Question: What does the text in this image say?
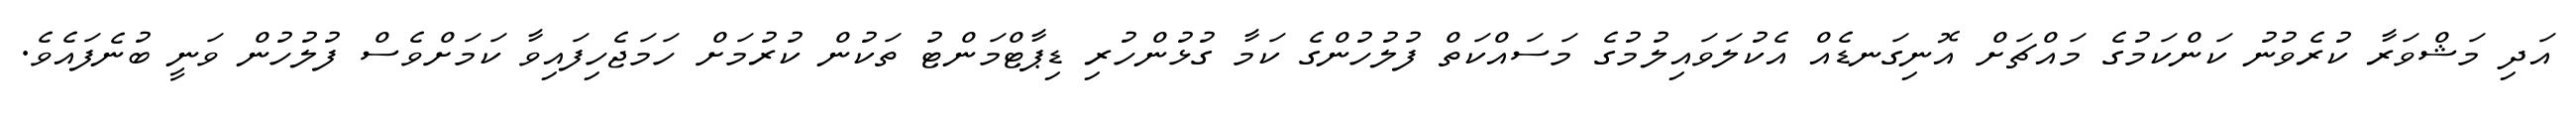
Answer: އަދި މަޝްވަރާ ކުރެވުނު ކަންކަމުގެ މައްޗަށް އޮނިގަނޑެއް އެކުލަވައިލުމުގެ މަސައްކަތް ފުލުހުންގެ ކަމާ ގުޅުންހުރި ޑިޕާޓްމަންޓު ތަކުން ކުރުމަށް ހަމަޖެހިފައިވާ ކަމަށްވެސް ފުލުހުން ވަނީ ބުނެފައެވެ.